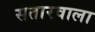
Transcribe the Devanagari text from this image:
सतारवाला